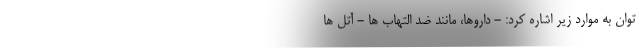
توان به موارد زیر اشاره کرد: - داروها، مانند ضد التهاب ها - آتل ها